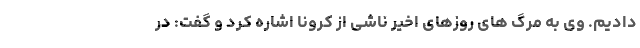
دادیم. وی به مرگ های روزهای اخیر ناشی از کرونا اشاره کرد و گفت: در